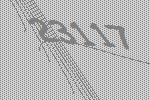
23117